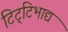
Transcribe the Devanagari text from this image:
टिट्‌टिभाद्य